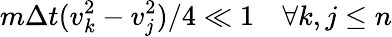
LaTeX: m\Delta t(v_{k}^{2}-v_{j}^{2})/4\ll 1\quad\forall k,j\leq n